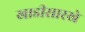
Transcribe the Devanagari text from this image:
खाडीसारखे